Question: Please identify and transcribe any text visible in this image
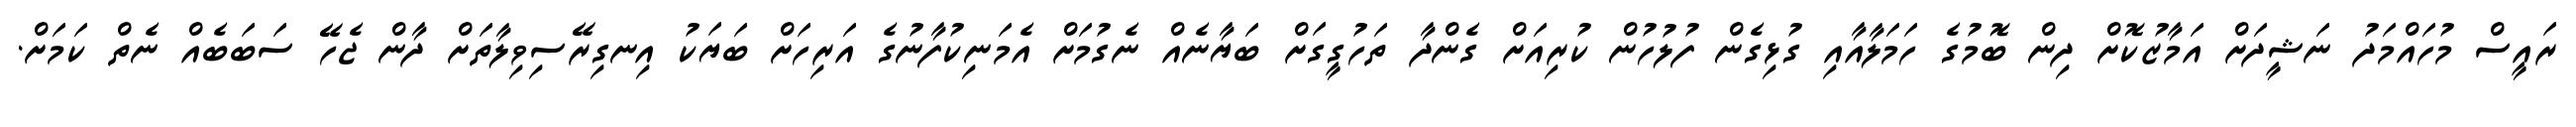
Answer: ރައީސް މުހައްމަދު ނަޝީދަށް އަމާޒުކޮށް ދިން ބޮމުގެ ހަމަލާއާއި ގުޅިގެން ފުލުހުން ކުރިއަށް ގެންދާ ތަހުގީގަށް ބަޔާނެއް ނެގުމަށް އެމަނިކުފާނުގެ އަރިހަށް ބަޔަކު އިނގިރޭސިވިލާތަށް ދާން ޖެހޭ ސަބަބެއް ނެތް ކަމަށް.